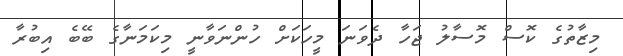
މިޒާތުގެ ކޮސް މޮސާލު ޖަހާ ދެވަނަ މީހަކަށް ހުންނަވާނީ މިކަމަނާގެ ބޭބެ އިބުރާ